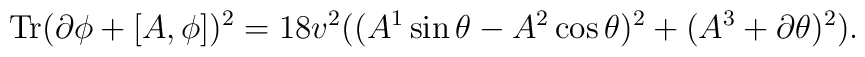
{\rm Tr}(\partial\phi+[A,\phi])^2=18 v^2 ((A^1 \sin\theta-A^2\cos\theta)^2 + (A^3 +\partial\theta)^2).